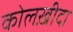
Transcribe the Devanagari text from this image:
कोलख़ीदा